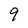
Character: 9